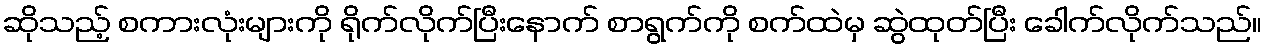
ဆိုသည့် စကားလုံးများကို ရိုက်လိုက်ပြီးနောက် စာရွက်ကို စက်ထဲမှ ဆွဲထုတ်ပြီး ခေါက်လိုက်သည်။